Statistics compiled by the Government of India from the reports of provincial Civil Veterinary Departments
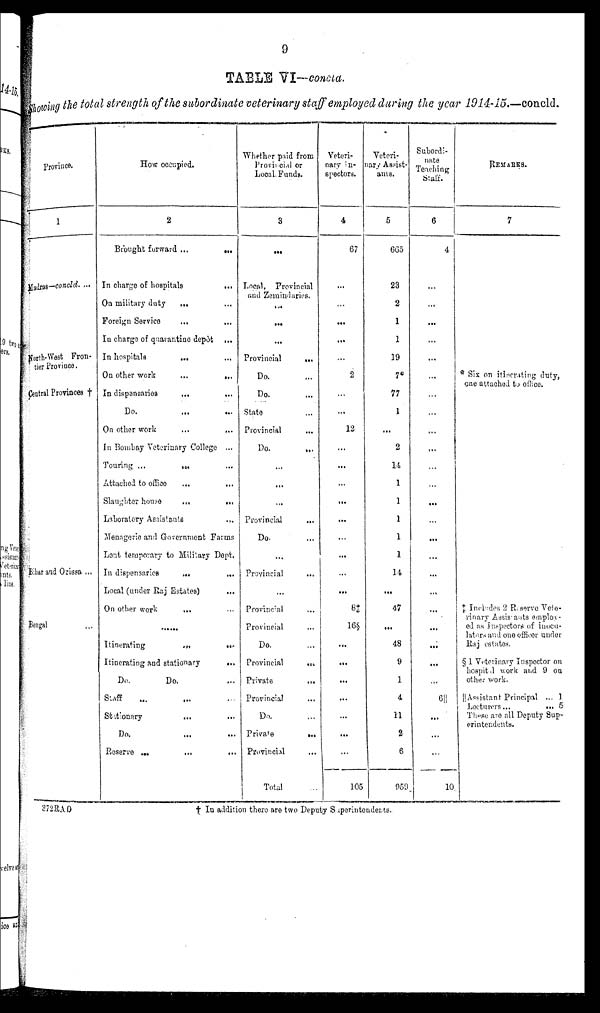
9
TABLE VI—concld.
Showing the total strength of the subordinate veterinary staff employed during the year 1914-15.—concld.
Province.
1
Madras-concld. ...
North-Wast Fron-
tier Province.
Central Provinces †
Bihar and Oriasa ...
Bengal ...
How occupied.
2
Brought forward
...
...
In charge of hospitals
...
On military duty
...
Foreign Service
...
...
In charge of quarantine depôt
...
In hospitals
...
...
On other work
...
...
In
dispenaries
...
...
Do.
On other work ... ...
In Bombay Veterinary College ...
Touring ...
...
Attached to office ... ...
Slaughter house
...
...
Laboratory Assistants ...
Menagerie and Government Farms
Lent temporary to Military Dept.
In dispensaries
...
...
Local (under Raj Estates) ...
On other work
...
... ...
Itinerating
...
...
Itinerating and stationary
...
Do.
Do. ...
Staff ... ... ...
Stationary ... ...
Do. ... ...
Reserve
...
...
...
Whether paid from
Provincial or
Local Funds.
3
...
Local, Provincial
and Zemindaries.
...
...
...
Provincial
...
Do.
Do.
State ...
Provincial ...
Do.
...
...
...
Provincial
...
Do. ...
...
Provincial
...
...
Provincial ...
Provincial
...
Do. ...
Provincial
...
Private
...
Provincial ...
Do. ...
Private
...
Provincial
...
Total
Veteri-
nary In-
spectors.
4
67
...
...
...
...
...
2
...
...
12
...
...
...
...
...
...
...
...
...
8‡
16§
...
...
...
...
...
...
...
105
Veteri-
nary Aasist-
anis.
5
665
23
2
1
1
19
7*
11
1
...
2
14
1
1
1
1
1
14
...
47
...
48
9
1
4
11
2
6
959
Subordi-
nate
Teaching
Staff.
6
4
...
...
...
...
...
...
...
...
...
...
...
...
...
...
...
...
...
...
...
6||
...
...
...
10
REMARKS.
7
* Six on itinerating duty,
one attached to office.
‡ Includes 2 Reserve Vete-
rinary Aasistants employ-
ed as Inspectors of inocu-
lators and one officer under
Raj estates.
§ 1 Veterinary Inspector on
hospitd work and 9 on
other work.
Assistant Principal ... 1
Lecturers...
... 5
These are all Deputy Sup-
erintendents.
† In addition there are two Deputy Superintendents.
372RAD